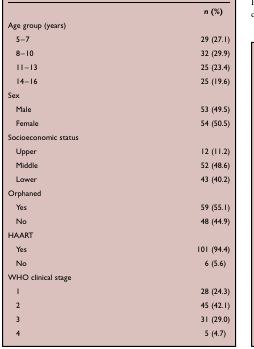
<table><thead><tr><td><b> </b></td><td><b><i>n</i> (%)</b></td></tr></thead><tbody><tr><td colspan="2">Age group (years)</td></tr><tr><td> 5–7</td><td>29 (27.1)</td></tr><tr><td> 8–10</td><td>32 (29.9)</td></tr><tr><td> 11–13</td><td>25 (23.4)</td></tr><tr><td> 14–16</td><td>25 (19.6)</td></tr><tr><td colspan="2">Sex</td></tr><tr><td> Male</td><td>53 (49.5)</td></tr><tr><td> Female</td><td>54 (50.5)</td></tr><tr><td colspan="2">Socioeconomic status</td></tr><tr><td> Upper</td><td>12 (11.2)</td></tr><tr><td> Middle</td><td>52 (48.6)</td></tr><tr><td> Lower</td><td>43 (40.2)</td></tr><tr><td colspan="2">Orphaned</td></tr><tr><td> Yes</td><td>59 (55.1)</td></tr><tr><td> No</td><td>48 (44.9)</td></tr><tr><td colspan="2">HAART</td></tr><tr><td> Yes</td><td>101 (94.4)</td></tr><tr><td> No</td><td>6 (5.6)</td></tr><tr><td colspan="2">WHO clinical stage</td></tr><tr><td> 1</td><td>28 (24.3)</td></tr><tr><td> 2</td><td>45 (42.1)</td></tr><tr><td> 3</td><td>31 (29.0)</td></tr><tr><td> 4</td><td>5 (4.7)</td></tr></tbody></table>